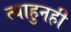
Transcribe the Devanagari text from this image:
त्याहुनही